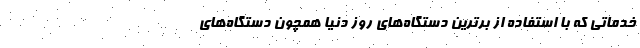
خدماتی که با استفاده از برترین‌ دستگاه‌های روز دنیا همچون دستگاه‌های